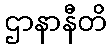
ဌာနာနီတိ